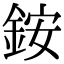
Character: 銨